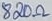
Text: 820Ω